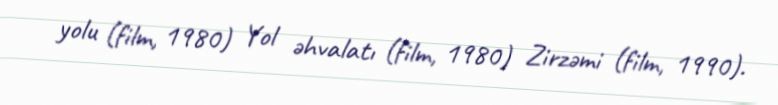
yolu (film, 1980) Yol əhvalatı (film, 1980) Zirzəmi (film, 1990).